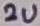
Text: 2u